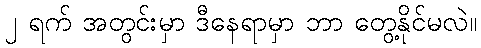
၂ ရက် အတွင်းမှာ ဒီနေရာမှာ ဘာ တွေ့နိုင်မလဲ။